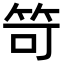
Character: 笴